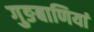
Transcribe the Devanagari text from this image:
गुङबाणियां